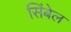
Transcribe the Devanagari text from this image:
सिंबेल